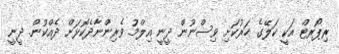
ރިޕޯރޓް އަކީ ކަލޭގެ ހަރުކަށި ވިސްނުން ދީނީ އިލްމު ވެރިންނާދެކޮޅަށް ދެއްކުން. ދީނީ